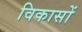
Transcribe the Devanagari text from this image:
विकासों